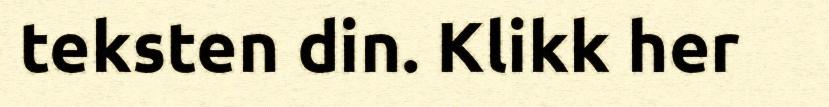
teksten din. Klikk her